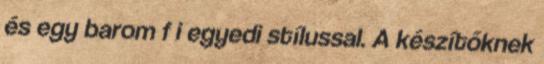
és egy barom f i egyedi stílussal. A készítőknek